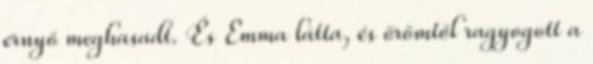
ernyő meghasadt. És Emma látta, és örömtől ragyogott a